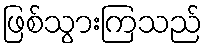
ဖြစ်သွားကြသည်